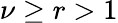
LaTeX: \nu\geq r>1